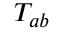
T _ { a b }